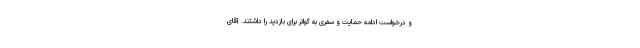
و درخواست ادامه حمایت و سفری به گواتر براى بازدید را داشتند. آقاى